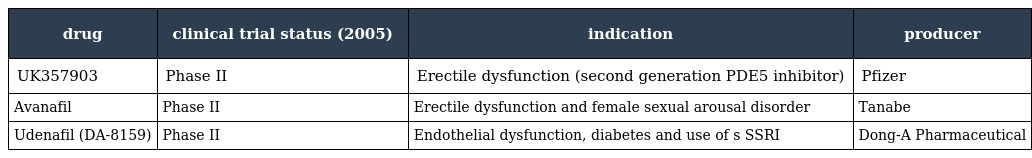
| drug | clinical trial status (2005) | indication | producer |
 | --- | --- | --- | --- |
 | UK357903 | Phase II | Erectile dysfunction (second generation PDE5 inhibitor) | Pfizer |
 | Avanafil | Phase II | Erectile dysfunction and female sexual arousal disorder | Tanabe |
 | Udenafil (DA-8159) | Phase II | Endothelial dysfunction, diabetes and use of s SSRI | Dong-A Pharmaceutical |